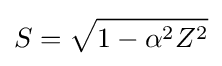
S={\sqrt {1-\alpha ^{2}Z^{2}}}